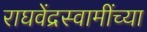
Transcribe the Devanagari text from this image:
राघवेंद्रस्वामींच्या